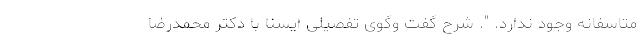
متاسفانه وجود ندارد. ". شرح گفت وگوی تفصیلی ایسنا با دکتر محمدرضا